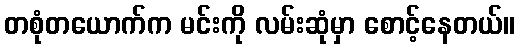
တစုံတယောက်က မင်းကို လမ်းဆုံမှာ စောင့်နေတယ်။